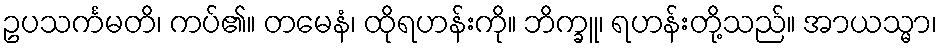
ဥပသင်္ကမတိ၊ ကပ်၏။ တမေနံ၊ ထိုရဟန်းကို။ ဘိက္ခူ၊ ရဟန်းတို့သည်။ အာယသ္မာ၊